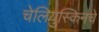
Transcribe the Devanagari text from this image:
चेलियुस्किनचे